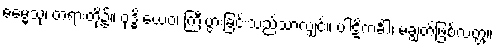
ဓမ္မေသု၊ တရားတို့၌။ ဝုဒ္ဓိ ယေဝ၊ ကြီးပွားခြင်းသည်သာလျှင်။ ပါဋိကင်္ခါ၊ မချွတ်ဖြစ်လတ္တံ့။